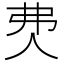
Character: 𰁰